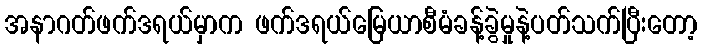
အနာဂတ်ဖက်ဒရယ်မှာက ဖက်ဒရယ်မြေယာစီမံခန့်ခွဲမှုနဲ့ပတ်သက်ပြီးတော့